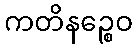
ကတိနဉ္စေဝ